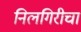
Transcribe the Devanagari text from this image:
निलगिरीचा